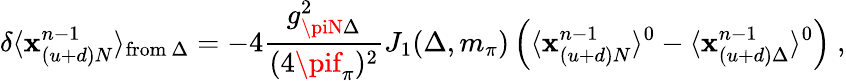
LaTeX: \delta\langle\mathbf{x}_{(u+d)N}^{n-1}\rangle_{\mathrm{{from}}~\Delta}=-4{\frac{{g_{\piN\Delta}^{2}}}{{(4\pif_{\pi})^{2}}}}J_{1}(\Delta,m_{\pi})\left(\langle\mathbf{x}_{(u+d)N}^{n-1}\rangle^{0}-\langle\mathbf{x}_{(u+d)\Delta}^{n-1}\rangle^{0}\right)\ ,